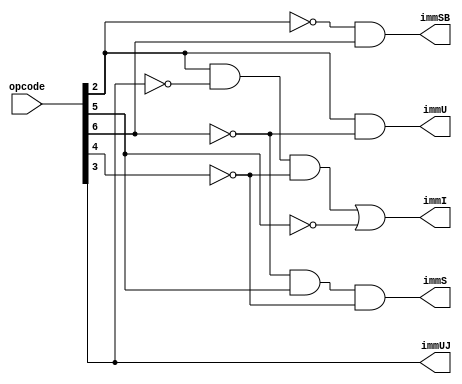
//Universidad Galileo
//Rodrigo Cordero
//Kevin Hernandez
//Terminado

module immGeneratorControll(opcode, immI, immS, immSB, immU, immUJ);
  input [6:0] opcode;
  output immI, immS, immSB, immU, immUJ;
  wire n2, n3, n4, n5, n6;
  //n5 = bit 5 negado
  not(n2, opcode[2]);
  not(n3, opcode[3]);
  not(n4, opcode[4]);
  not(n5, opcode[5]);
  not(n6, opcode[6]);
  
//	Seal si se debe construir inmediato tipo I:
  wire auxI;
  and(auxI, opcode[2], n3, n4);
  or(immI, auxI, n5);
  
//	Seal si se debe construir inmediato tipo S:
  and(immS, n6, opcode[5], n4);
  
//	Seal si se debe construir inmediato tipo SB:
  and(immSB, n2, opcode[6]);
  
//	Seal si se debe construir inmediato tipo U:
  and(immU, opcode[2], n6);
  
//	Seal si se debe construir inmediato tipo UJ:
  assign immUJ = opcode[3];
endmodule